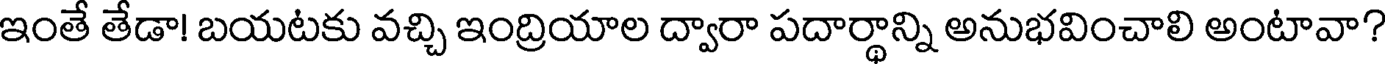
ఇంతే తేడా! బయటకు వచ్చి ఇంద్రియాల ద్వారా పదార్థాన్ని అనుభవించాలి అంటావా?